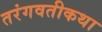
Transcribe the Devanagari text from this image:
तरंगवतीकथा